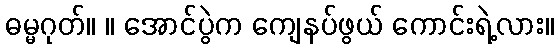
ဓမ္မဂုတ်။ ။ အောင်ပွဲက ကျေနပ်ဖွယ် ကောင်းရဲ့လား။